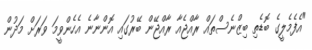
"އެފެމެލީގެ ބޮޑެތި ބިޒްނެސްތައް ރާއްޖެއާ ރާއްޖޭން ބޭރުގައި އޮންނާނެ އެހެންވީމަ ވަރަށް މަދުން